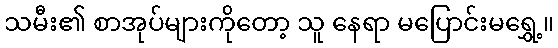
သမီး၏ စာအုပ်များကိုတော့ သူ နေရာ မပြောင်းမရွှေ့။